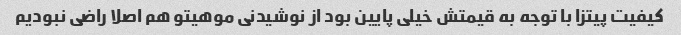
کیفیت پیتزا با توجه به قیمتش خیلی پایین بود از نوشیدنی موهیتو هم اصلا راضی نبودیم